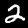
Digit: 2